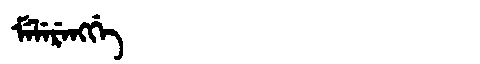
Manchu: ᠮᡝᠯᡝᡵᡝᠩᡤᡝ
Romanization: MELERENGGE